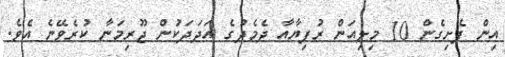
އިން ފެށިގެން 10 މިލިއަން ރުފިޔާއާ ދެމެދުގެ އަދަދަކުން ޖޫރިމަނާ ކުރެވޭނެ އެވެ.